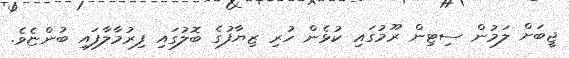
ޖީބަށް ލަމުން ސިޓިން ރޫމުގައި ކުޅެން ހުރި ޒިޔާފުގެ ބޮލުގައި ފިރުމާލާފައި ބުންޏެވެ.